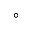
^ \circ